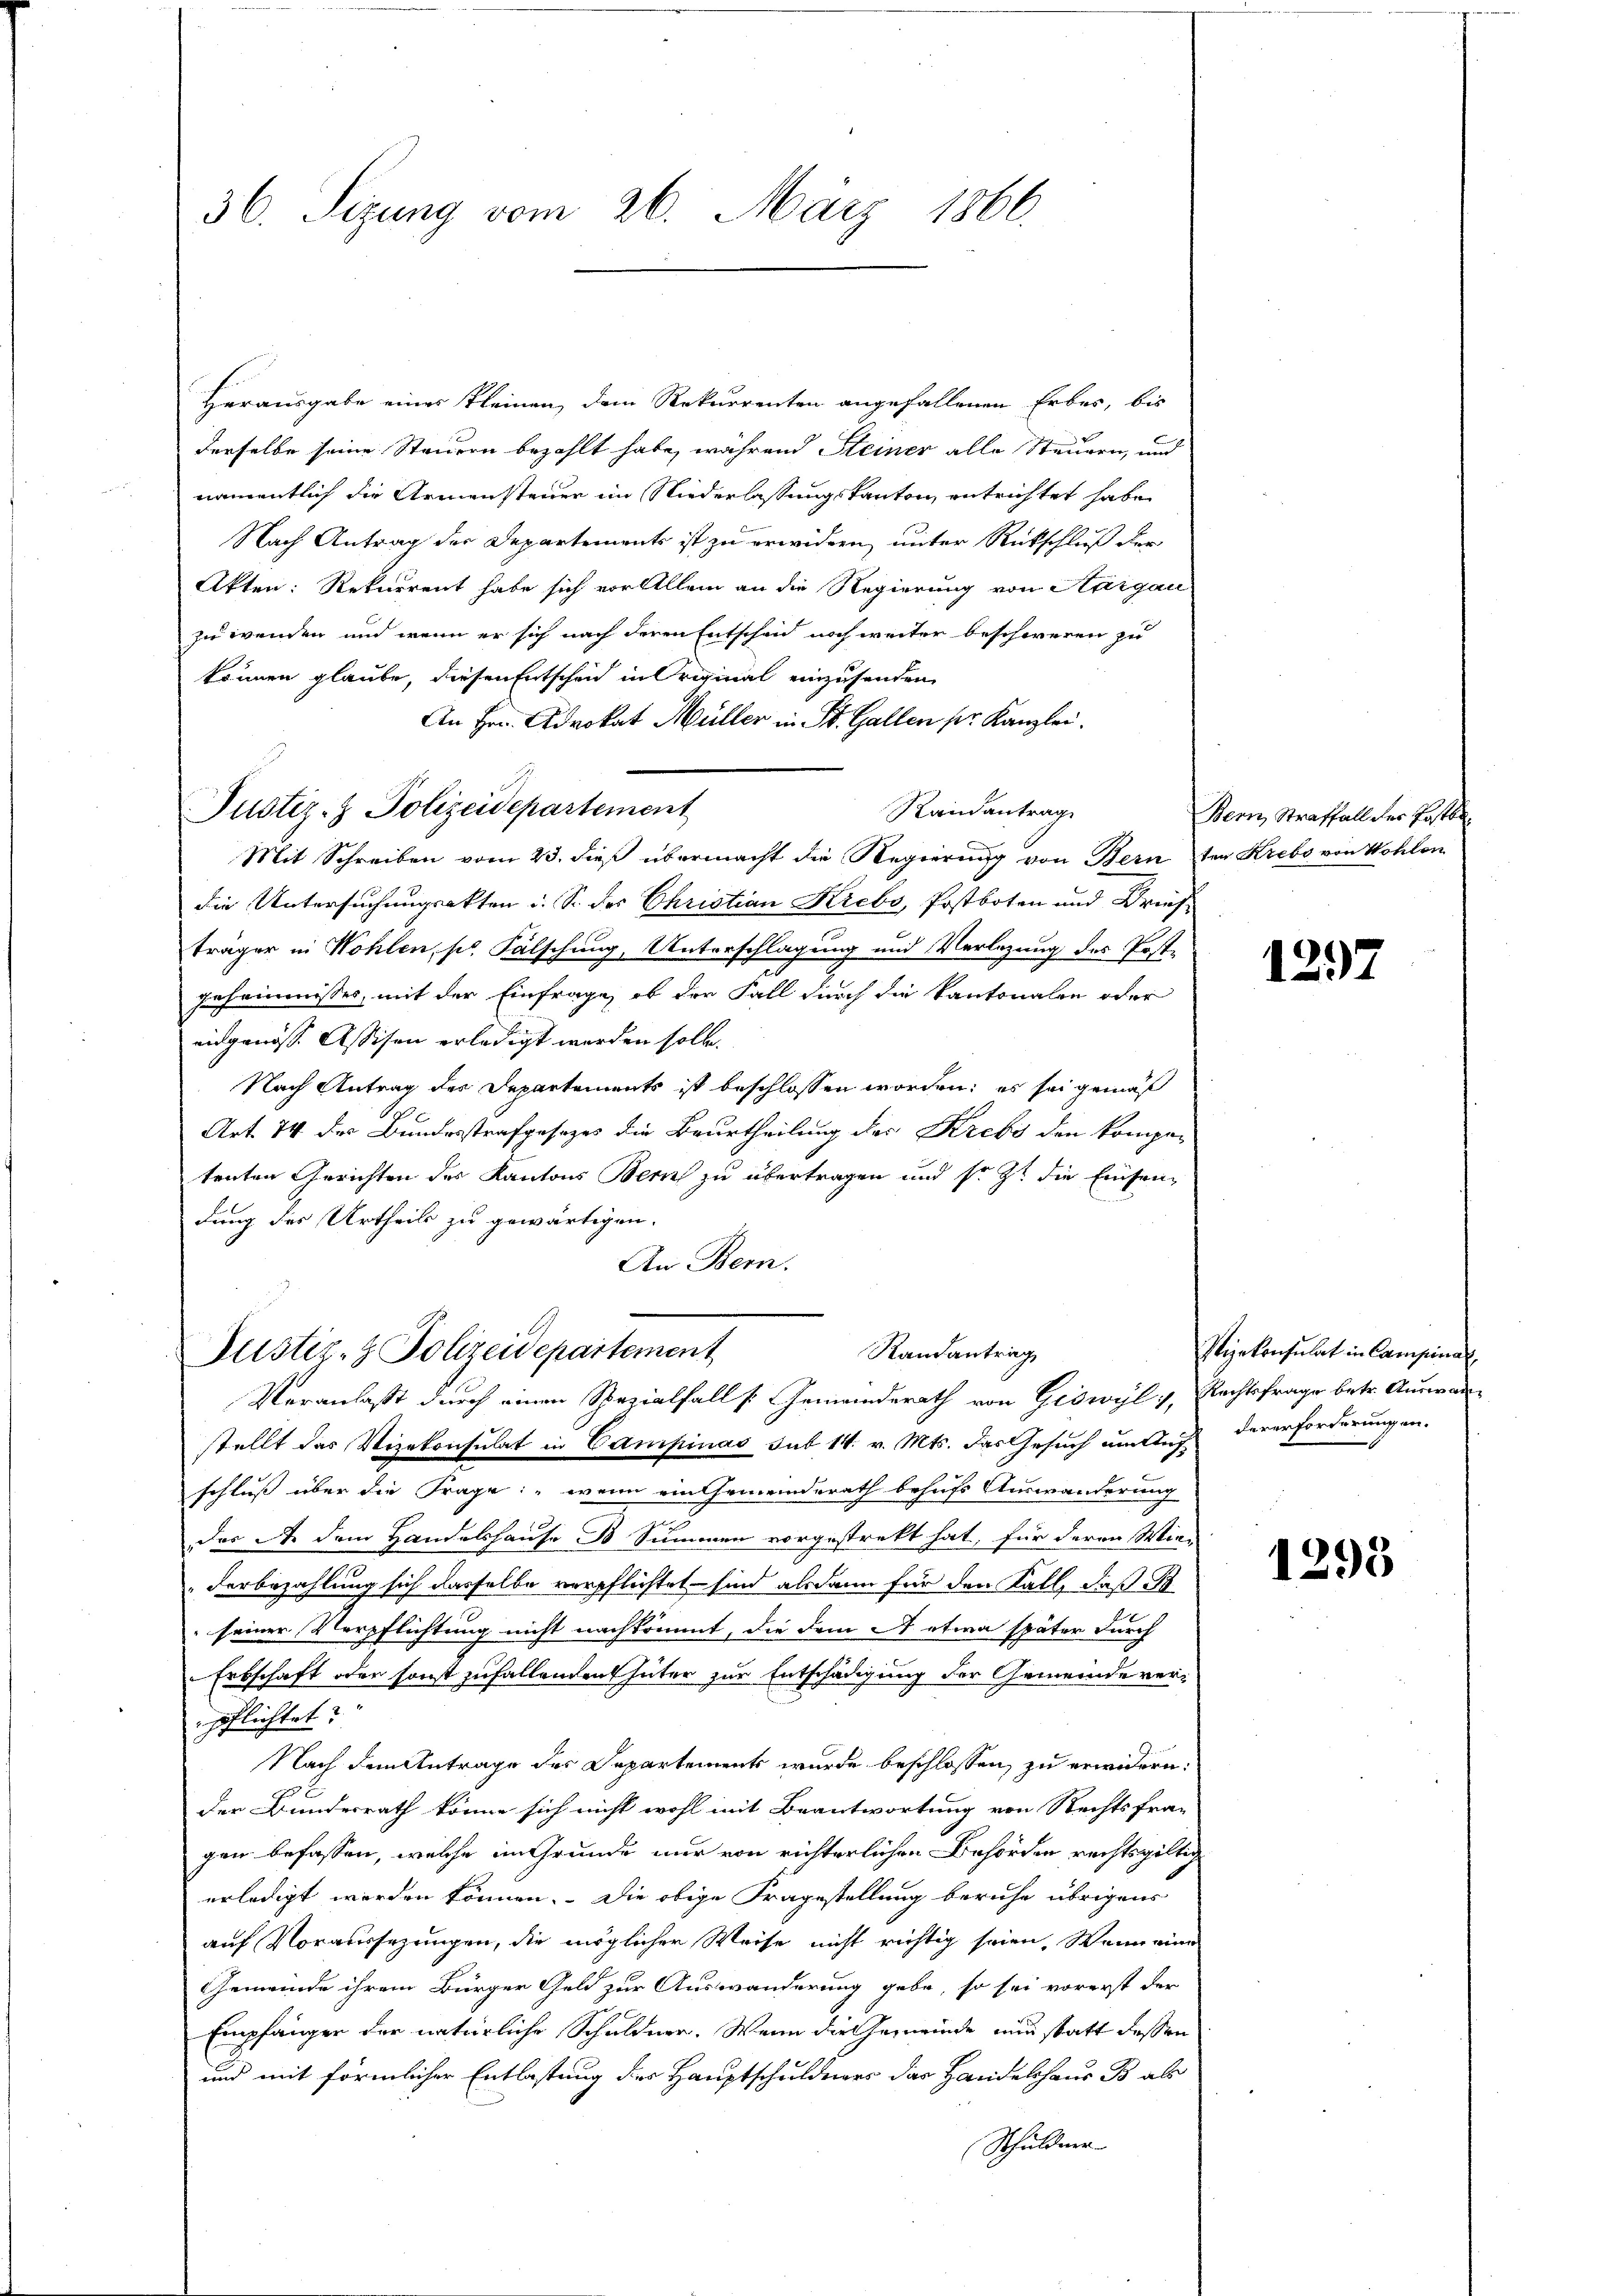
36. Sezung vom 26. März 1866.

Herausgabe eines Kleinen dem Rekurrenten angefallenen Erber, bis
derselbe seine Steuern bezahlt habe, während Steiner alle Steuern, und
namentlich die Armensteuer im Niederlassungs kanton, entrichtet habe
Nach Antrag der Departements ist zu erwidern, unter Rückschluß der
Akten: Rekurrent habe sich vor Allem an die Regierung von Aargau
zu wenden und wenn er sich nach deren Entscheid noch weiter beschweren zu
können glaube, diesen Entscheid in Original einzusenden
An Hrn. Advokat Müller in St. Gallen pr. Kanzlei.
Randantrage
Mit Schreiben vom 23. dieß übermacht die Regierung von Bern ten Krebs von Wohlen
die Untersuchungsakten u. S. des Christian Krebs, Postboten und Briefträger in Wohlen, pr. Fälschung, Unterschlagung und Verlegung des Postgeheimnisses, mit der Einfrage, ob der Fall durch die Kantonalen oder
eidgenöss. Assisen erledigt werden solle.
Nach Antrag des Departements ist beschlossen worden; es sei gemäß
2
Art. 74 der Bundesstrafgesezes die Beurtheilung des Krebs den kompetenten Gerichten des Kantons Bern zu übertragen und sr. Zt. die Einsendung des Urtheils zu gewärtigen.
An Bern.
Randantrag
Justiz- & Polizeidepartement
Veranlaßt durch einen Spezialfalls Gemeinderath von Giswyl v. Rechtsfrage betr. Auswan
stellt das Vizekonsulat in Campinas sub 14. v. Mts. das Gesuch um Auch dererforderungen-
schluß über die Frage: „wenn ein Gemeinderath behufs Auswanderung
das de dem Handelshause B Summen vorgestrekt hat, für deren Wir-
derbezahlung sich dasselbe verpflichtet sind alsdann für den Fall, daß B
seiner Verpflichtung nicht nachkommt, die dem A etwa später durch
Erbschaft oder sonst zufallenden Güter zur Entschädigung der Gemeinde ver-
pflichtet:
Nach dem Antrage des Departements wurde beschlossen zu erwidern.
der Bunderrath könne sich nicht wohl mit Beantwortung von Rechtsfra-
gen befassen, welche im Grunde nur von richterlichen Behörden rechtsgültig
erledigt werden können. Die obige Fragestellung beruhe übrigens
auf Voraussezungen, die möglicher Weise nicht richtig seien. Wenn eine
Gemeinde ihrem Bürger Geld zur Auswanderung gebe, so sei vorerst der
Empfänger der natürliche Schuldner. Wenn die Gemeinde nun statt dessen
und mit förmlicher Entlastung des Hauptschuldners das Handelshaus B als
Schuldner

Justiz- & Polizeidepartement

Bern, Straffall der Postba

1297

Pyekonsulat in Campina

1295